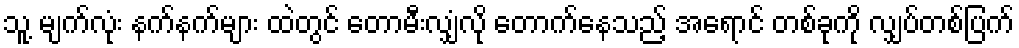
သူ့ မျက်လုံး နက်နက်များ ထဲတွင် တောမီးလျှံလို တောက်နေသည့် အရောင် တစ်ခုကို လျှပ်တစ်ပြက်